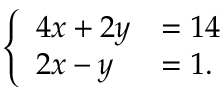
\left\{ \begin{array} { l l } { 4 x + 2 y } & { = 1 4 } \\ { 2 x - y } & { = 1 . } \end{array} \right.